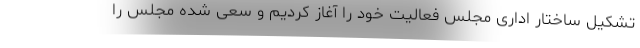
تشکیل ساختار اداری مجلس فعالیت خود را آغاز کردیم و سعی شده مجلس را